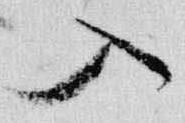
入